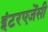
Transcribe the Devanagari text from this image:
इंटरएजेंसी